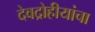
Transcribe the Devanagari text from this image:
देवद्रोहीयांचा